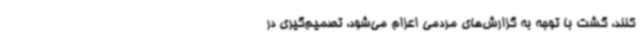
‌کنند، گشت با توجه به گزارش‌های مردمی اعزام می‌شود، تصمیم‌گیری در